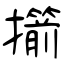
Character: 擶